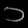
Digit: ၁